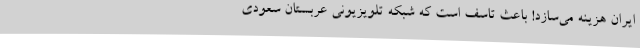
ایران هزینه می‌سازد! باعث تاسف است که شبکهٔ‌ تلویزیونی عربستان سعودی